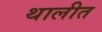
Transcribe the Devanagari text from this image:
थालीत